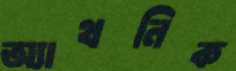
অ্যাথনিক